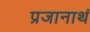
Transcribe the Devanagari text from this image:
प्रजानाथं